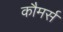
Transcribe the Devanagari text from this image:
कौमर्स